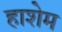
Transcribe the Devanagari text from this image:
हाशेम